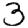
Digit: 3